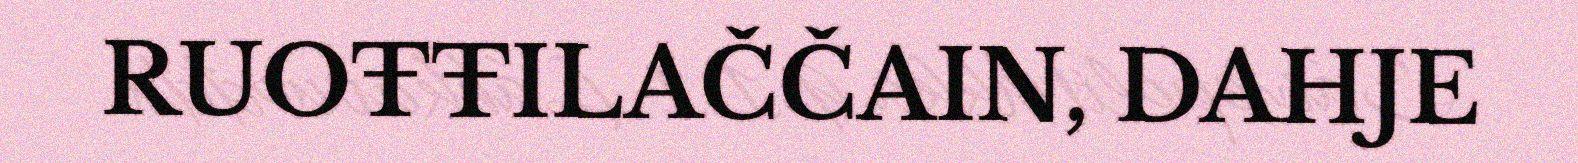
RUOŦŦILAČČAIN, DAHJE